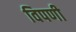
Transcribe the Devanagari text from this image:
विपणी